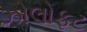
ઝોલોફટ